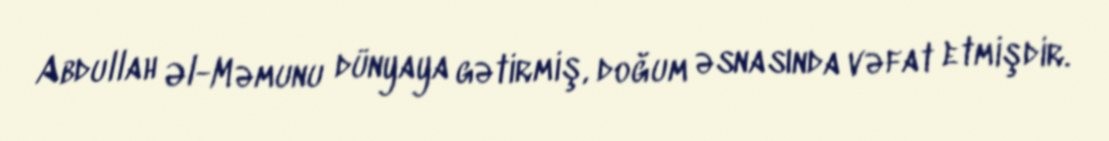
Abdullah Əl-Məmunu dünyaya gətirmiş, doğum əsnasında vəfat etmişdir.